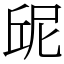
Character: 屔